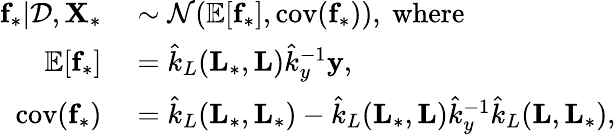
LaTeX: \begin{array}{rl}{\textbf{f}_{*}|\mathcal{D},\textbf{X}_{*}}&{{}\sim\mathcal{N}(\mathbb{E}[\textbf{f}_{*}],\textrm{cov}(\textbf{f}_{*})),\ \textrm{where}}\\ {\mathbb{E}[\textbf{f}_{*}]}&{{}=\hat{k}_{L}(\textbf{L}_{*},\textbf{L})\hat{k}_{y}^{-1}\textbf{y},}\\ {\textrm{cov}(\textbf{f}_{*})}&{{}=\hat{k}_{L}(\textbf{L}_{*},\textbf{L}_{*})-\hat{k}_{L}(\textbf{L}_{*},\textbf{L})\hat{k}_{y}^{-1}\hat{k}_{L}(\textbf{L},\textbf{L}_{*}),}\end{array}